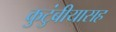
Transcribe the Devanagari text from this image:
कुटुंबीयासह